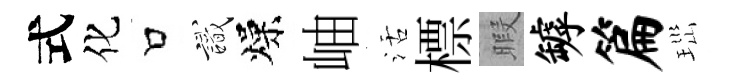
式化口識燥岫活標暇罅篇𤤼